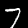
Digit: 7